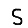
Digit: 5